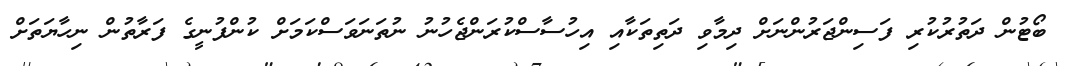
ބޯޓުން ދަތުރުކުރި ފަސިންޖަރުންނަށް ދިމާވި ދަތިތަކާއި އިހުސާސްކުރަންޖެހުނު ނުތަނަވަސްކަމަށް ކުންފުނީގެ ފަރާތުން ނިހާޔަތަށް